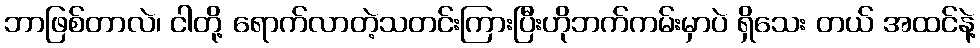
ဘာဖြစ်တာလဲ၊ ငါတို့ ရောက်လာတဲ့သတင်းကြားပြီးဟိုဘက်ကမ်းမှာပဲ ရှိသေး တယ် အထင်နဲ့